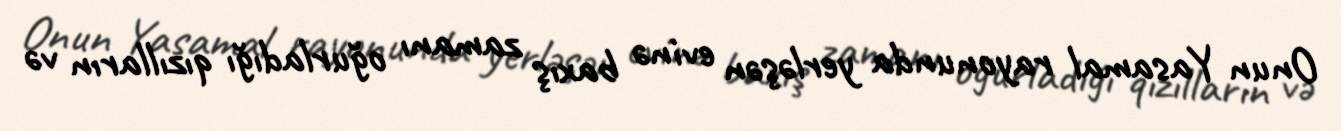
Onun Yasamal rayonunda yerləşən evinə baxış zamanı oğurladığı qızılların və